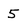
Character: 5